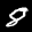
Label: 8